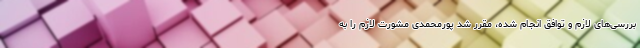
بررسی‌های لازم و توافق انجام شده، مقرر شد پورمحمدی مشورت لازم را به